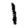
Digit: 1